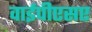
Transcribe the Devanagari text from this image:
वाईपीएसए